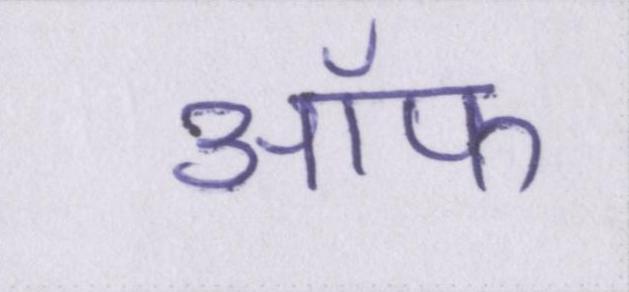
ऑफ